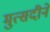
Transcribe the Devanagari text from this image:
मुत्सदीने